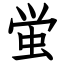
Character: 蛍